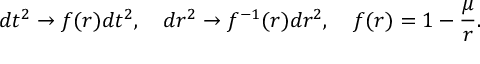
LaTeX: d t ^ { 2 } \to f ( r ) d t ^ { 2 } , \quad d r ^ { 2 } \to f ^ { - 1 } ( r ) d r ^ { 2 } , \quad f ( r ) = 1 - \frac { \mu } { r } .